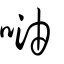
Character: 𠶢